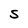
Character: S